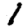
Digit: 1